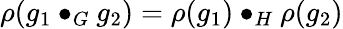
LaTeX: \rho(g_{1}\bullet_{G}g_{2})=\rho(g_{1})\bullet_{H}\rho(g_{2})